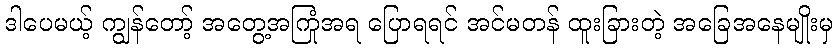
ဒါပေမယ့် ကျွန်တော့် အတွေ့အကြုံအရ ပြောရရင် အင်မတန် ထူးခြားတဲ့ အခြေအနေမျိုးမှ